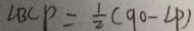
\angle B C P = \frac { 1 } { 2 } ( 9 0 - \angle P )